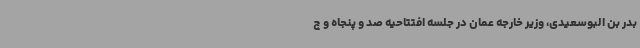
بدر بن البوسعیدی، وزیر خارجه عمان در جلسه افتتاحیه صد و پنجاه و چ